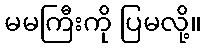
မမကြီးကို ပြမလို့။